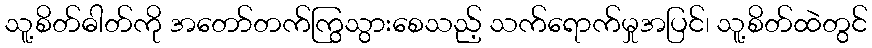
သူ့စိတ်ဓါတ်ကို အတော်တက်ကြွသွားစေသည့် သက်ရောက်မှုအပြင်၊ သူ့စိတ်ထဲတွင်